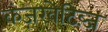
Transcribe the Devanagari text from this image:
कंज़रवेटिब्ज़